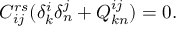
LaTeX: C _ { i j } ^ { r s } ( \delta _ { k } ^ { i } \delta _ { n } ^ { j } + Q _ { k n } ^ { i j } ) = 0 .